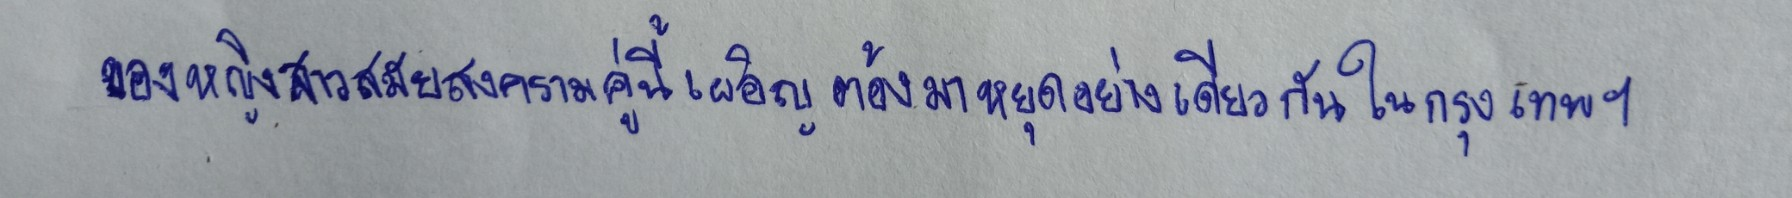
ของหญิงสาวสมัยสงครามคู่นี้เผอิญต้องมาหยุดอย่างเดียวกันในกรุงเทพฯ